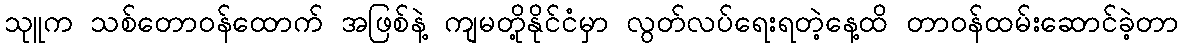
သုူက သစ်တောဝန်ထောက် အဖြစ်နဲ့ ကျမတို့နိုင်ငံမှာ လွတ်လပ်ရေးရတဲ့နေ့ထိ တာဝန်ထမ်းဆောင်ခဲ့တာ